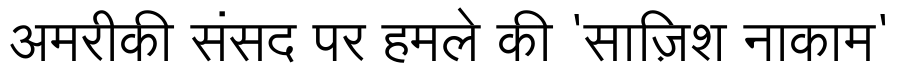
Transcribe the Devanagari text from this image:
अमरीकी संसद पर हमले की 'साज़िश नाकाम'